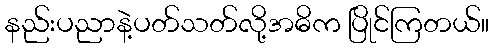
နည်းပညာနဲ့ပတ်သတ်လို့အဓိက ပြိုင်ကြတယ်။